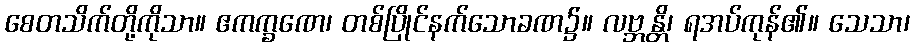
စေတသိက်တို့ကိုသာ။ ဧကက္ခဏေ၊ တစ်ပြိုင်နက်သောခဏ၌။ လဗ္ဘန္တိ၊ ရအပ်ကုန်၏။ သေသာ၊